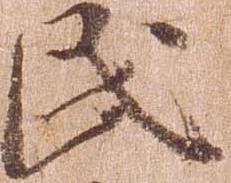
民